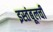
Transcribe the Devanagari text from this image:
इस्तंबूलची